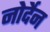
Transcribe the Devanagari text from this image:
नोर्देन